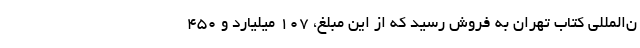
ن‌المللی کتاب تهران به فروش رسید که از این مبلغ، ۱۰۷ میلیارد و ۴۵۰